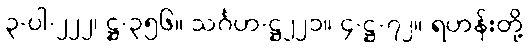
၃-ပါ-၂၂၂၊ ဋ္ဌ-၃၅၆။ သင်္ဂဟ-ဋ္ဌ၂၂၁။ ၄-ဋ္ဌ-၇၂။ ရဟန်းတို့